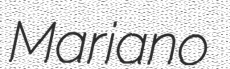
Mariano